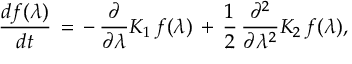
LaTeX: \frac { d f ( \lambda ) } { d t } \, = \, - \, \frac { \partial } { \partial \lambda } K _ { 1 } \, f ( \lambda ) \, + \, \frac { 1 } { 2 } \, \frac { \partial ^ { 2 } } { \partial \lambda ^ { 2 } } K _ { 2 } \, f ( \lambda ) ,